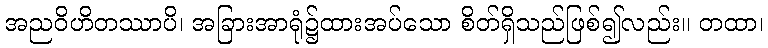
အညဝိဟိတဿာပိ၊ အခြားအာရုံ၌ထားအပ်သော စိတ်ရှိသည်ဖြစ်၍လည်း။ တထာ၊